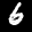
Label: 6